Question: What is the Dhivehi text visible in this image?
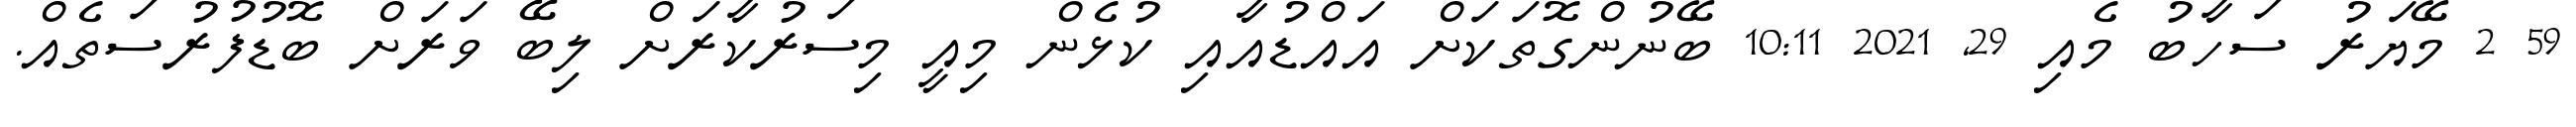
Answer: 59 2 މޭޔަރު ސަހާބު މެއި 29, 2021 10:11 ބޭނުންގޮތަކަށް އައްޑުއާއި ކުޅެން މިއީ މިސަރުކާރަށް ލިބޭ ވަރަށް ބޮޑުފުރުސަތެއް.